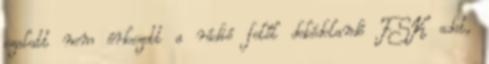
ezalatt nem érkezett a rádió felől dekódolandó FSK adat,